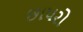
છાપરો